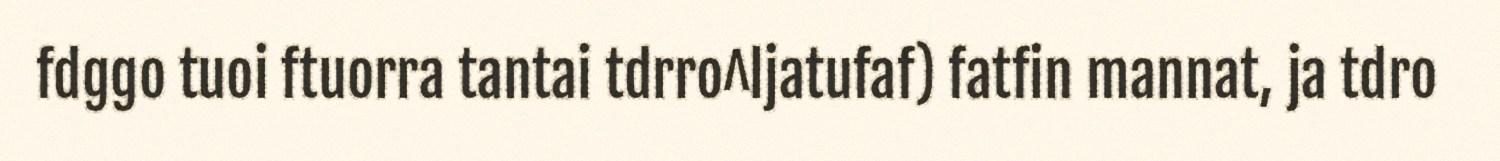
fdggo tuoi ftuorra tantai tdrro^ljatufaf) fatfin mannat, ja tdro